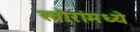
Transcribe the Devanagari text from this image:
खोरांमध्ये